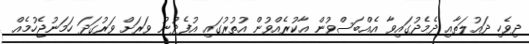
ދިވެހި ދައުލަތާއި ދެމެދުގައިވާ އެއްބަސްވުން އާކުރެއްވުން އުތުރުގައި އުފެދުނު ވަރަށް ވަރުގަދަ ހަމަނުޖެހުމެއް